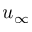
u _ { \infty }